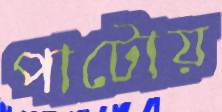
পাটোয়